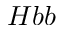
H b b